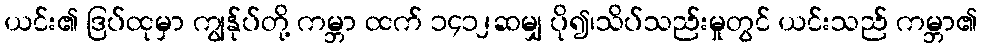
ယင်း၏ ဒြပ်ထုမှာ ကျွန်ုပ်တို့ ကမ္ဘာ ထက် ၁၄၁၂ဆမျှ ပို၍၊သိပ်သည်းမှုတွင် ယင်းသည် ကမ္ဘာ၏